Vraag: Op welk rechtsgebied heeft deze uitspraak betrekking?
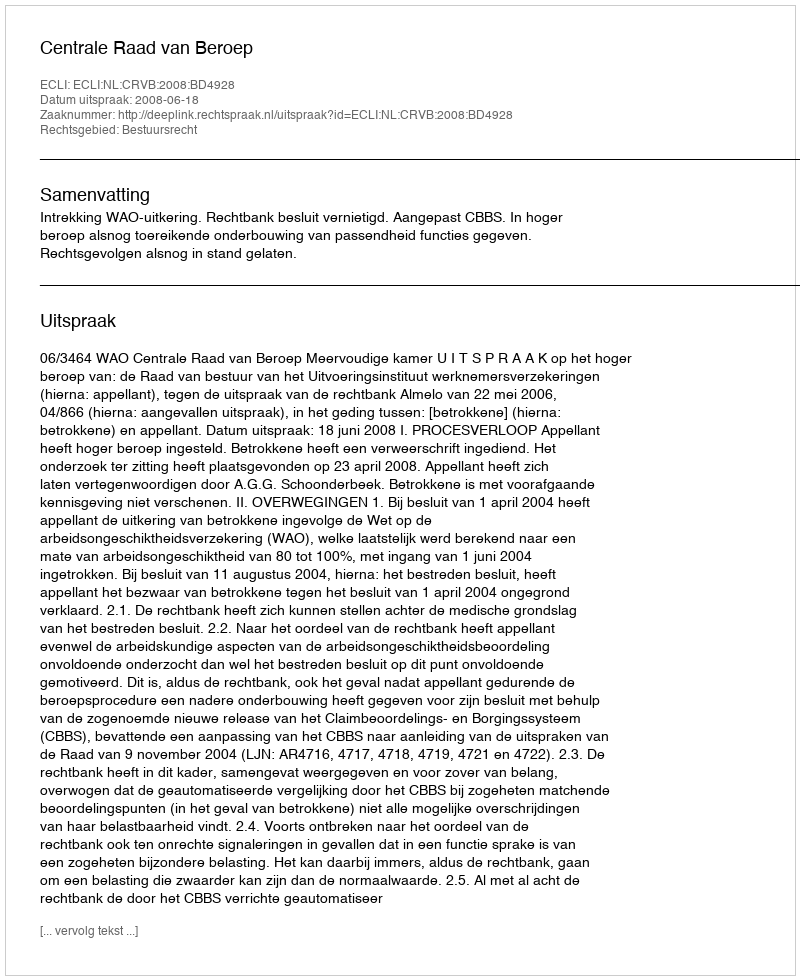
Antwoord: Bestuursrecht